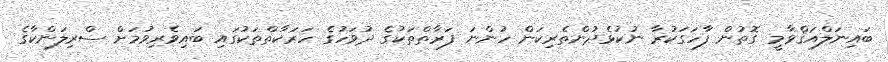
ބައިނަލްއަޤްވާމީ ގޮތުން ފާހަގަކުރާ ނުކުޅެދުންތެރިކަން ހުންނަ ފަރާތްތަކުގެ ދުވަހުގެ ހަރަކާތްތަކުގައި ބައިވެރިވުމަށް ސްރިލަންކާގެ